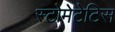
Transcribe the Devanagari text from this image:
स्टोमेटेटिस